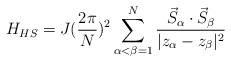
\begin{align*}H_{HS}=J(\frac{2\pi}{N})^{2} \sum_{\alpha<\beta=1}^{N}\frac{\vec{S}_{\alpha}\cdot \vec{S}_{\beta}}{|z_{\alpha}-z_{\beta}|^{2}}\end{align*}